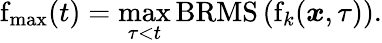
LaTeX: \mathrm{f}_{\mathrm{max}}(t)=\operatorname*{max}_{\tau<t}\mathrm{BRMS}\left(\mathrm{f}_{k}(\boldsymbol{x},\tau)\right).